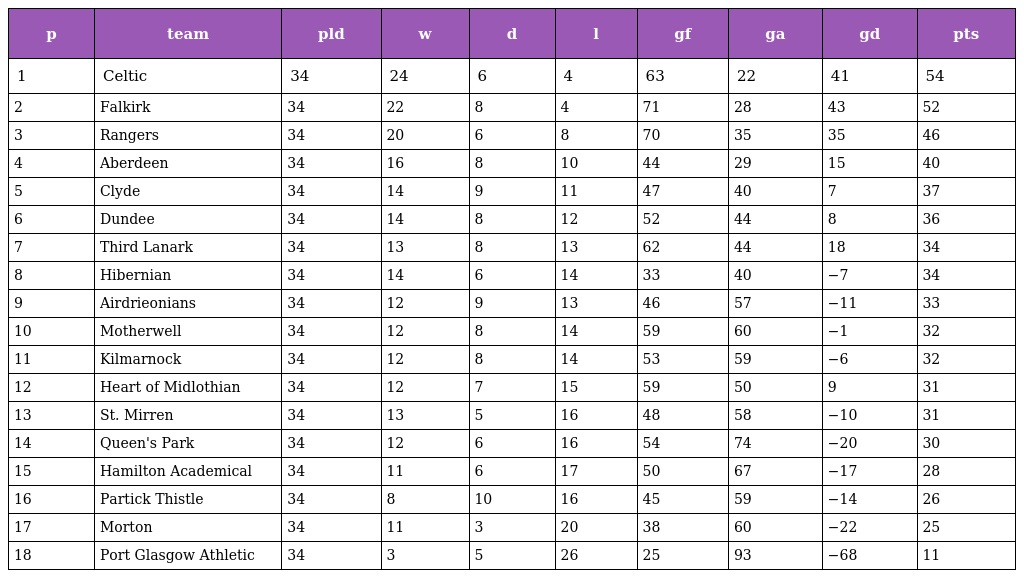
| p | team | pld | w | d | l | gf | ga | gd | pts |
 | --- | --- | --- | --- | --- | --- | --- | --- | --- | --- |
 | 1 | Celtic | 34 | 24 | 6 | 4 | 63 | 22 | 41 | 54 |
 | 2 | Falkirk | 34 | 22 | 8 | 4 | 71 | 28 | 43 | 52 |
 | 3 | Rangers | 34 | 20 | 6 | 8 | 70 | 35 | 35 | 46 |
 | 4 | Aberdeen | 34 | 16 | 8 | 10 | 44 | 29 | 15 | 40 |
 | 5 | Clyde | 34 | 14 | 9 | 11 | 47 | 40 | 7 | 37 |
 | 6 | Dundee | 34 | 14 | 8 | 12 | 52 | 44 | 8 | 36 |
 | 7 | Third Lanark | 34 | 13 | 8 | 13 | 62 | 44 | 18 | 34 |
 | 8 | Hibernian | 34 | 14 | 6 | 14 | 33 | 40 | −7 | 34 |
 | 9 | Airdrieonians | 34 | 12 | 9 | 13 | 46 | 57 | −11 | 33 |
 | 10 | Motherwell | 34 | 12 | 8 | 14 | 59 | 60 | −1 | 32 |
 | 11 | Kilmarnock | 34 | 12 | 8 | 14 | 53 | 59 | −6 | 32 |
 | 12 | Heart of Midlothian | 34 | 12 | 7 | 15 | 59 | 50 | 9 | 31 |
 | 13 | St. Mirren | 34 | 13 | 5 | 16 | 48 | 58 | −10 | 31 |
 | 14 | Queen's Park | 34 | 12 | 6 | 16 | 54 | 74 | −20 | 30 |
 | 15 | Hamilton Academical | 34 | 11 | 6 | 17 | 50 | 67 | −17 | 28 |
 | 16 | Partick Thistle | 34 | 8 | 10 | 16 | 45 | 59 | −14 | 26 |
 | 17 | Morton | 34 | 11 | 3 | 20 | 38 | 60 | −22 | 25 |
 | 18 | Port Glasgow Athletic | 34 | 3 | 5 | 26 | 25 | 93 | −68 | 11 |